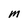
Character: M